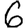
Digit: 6